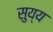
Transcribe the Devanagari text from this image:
सुय्य